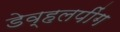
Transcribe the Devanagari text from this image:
डेव्हलपींग